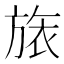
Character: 𣄆